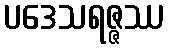
ပဒေသရဇ္ဇဿ